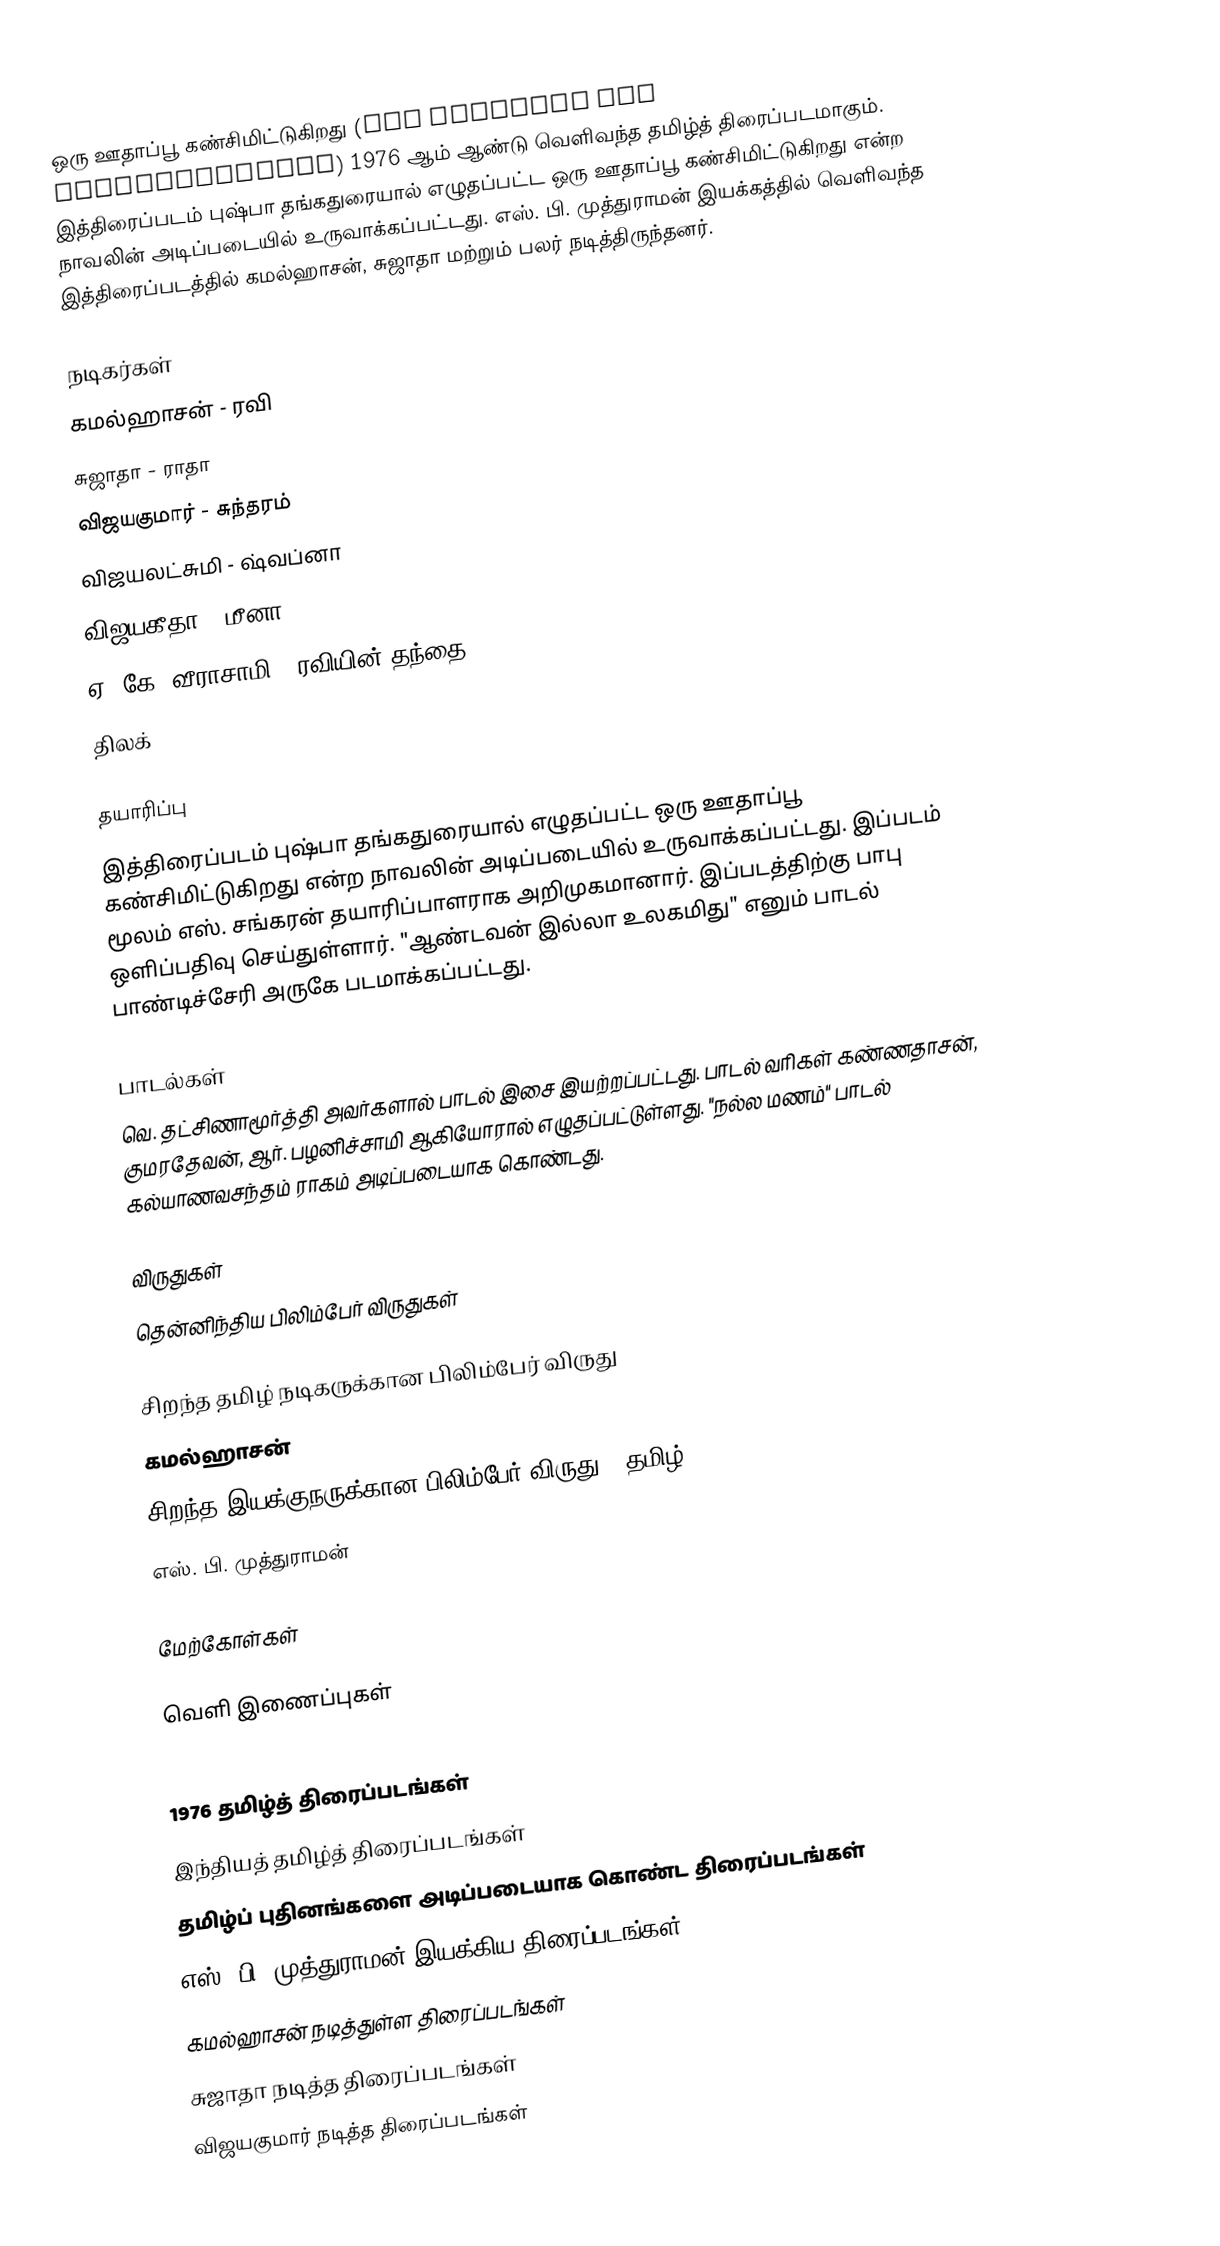
ஒரு ஊதாப்பூ கண்சிமிட்டுகிறது (Oru Oodhappu Kan Simittugiradhu)  1976 ஆம் ஆண்டு வெளிவந்த தமிழ்த் திரைப்படமாகும். இத்திரைப்படம் புஷ்பா தங்கதுரையால் எழுதப்பட்ட ஒரு ஊதாப்பூ கண்சிமிட்டுகிறது என்ற நாவலின் அடிப்படையில் உருவாக்கப்பட்டது. எஸ். பி. முத்துராமன் இயக்கத்தில் வெளிவந்த இத்திரைப்படத்தில் கமல்ஹாசன், சுஜாதா மற்றும் பலர் நடித்திருந்தனர்.

நடிகர்கள்
 கமல்ஹாசன் - ரவி
 சுஜாதா - ராதா
 விஜயகுமார் - சுந்தரம்
 விஜயலட்சுமி - ஷ்வப்னா
 விஜயகீதா - மீனா
 ஏ. கே. வீராசாமி - ரவியின் தந்தை
 திலக்

தயாரிப்பு
இத்திரைப்படம் புஷ்பா தங்கதுரையால் எழுதப்பட்ட ஒரு ஊதாப்பூ கண்சிமிட்டுகிறது என்ற நாவலின் அடிப்படையில் உருவாக்கப்பட்டது. இப்படம் மூலம் எஸ். சங்கரன் தயாரிப்பாளராக அறிமுகமானார். இப்படத்திற்கு பாபு ஒளிப்பதிவு செய்துள்ளார். "ஆண்டவன் இல்லா உலகமிது" எனும் பாடல் பாண்டிச்சேரி அருகே படமாக்கப்பட்டது.

பாடல்கள்
வெ. தட்சிணாமூர்த்தி அவர்களால் பாடல் இசை இயற்றப்பட்டது. பாடல் வரிகள் கண்ணதாசன், குமரதேவன், ஆர். பழனிச்சாமி ஆகியோரால் எழுதப்பட்டுள்ளது. "நல்ல மணம்" பாடல் கல்யாணவசந்தம் ராகம் அடிப்படையாக கொண்டது.

விருதுகள்
தென்னிந்திய பிலிம்பேர் விருதுகள்

 சிறந்த தமிழ் நடிகருக்கான பிலிம்பேர் விருது
கமல்ஹாசன்
 சிறந்த இயக்குநருக்கான பிலிம்பேர் விருது – தமிழ்
எஸ். பி. முத்துராமன்

மேற்கோள்கள்

வெளி இணைப்புகள்

1976 தமிழ்த் திரைப்படங்கள்
இந்தியத் தமிழ்த் திரைப்படங்கள்
தமிழ்ப் புதினங்களை அடிப்படையாக கொண்ட திரைப்படங்கள்
எஸ். பி. முத்துராமன் இயக்கிய திரைப்படங்கள்
கமல்ஹாசன் நடித்துள்ள திரைப்படங்கள்
சுஜாதா நடித்த திரைப்படங்கள்
விஜயகுமார் நடித்த திரைப்படங்கள்